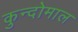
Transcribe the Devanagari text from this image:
कुन्दोमाल